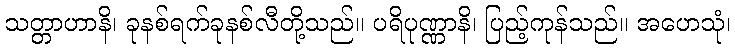
သတ္တာဟာနိ၊ ခုနစ်ရက်ခုနစ်လီတို့သည်။ ပရိပုဏ္ဏာနိ၊ ပြည့်ကုန်သည်။ အဟေသုံ၊